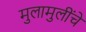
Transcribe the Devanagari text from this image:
मुलामुलींचे